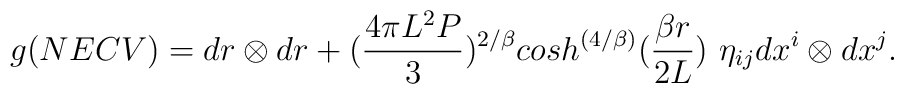
g(NECV) = dr \otimes dr + ({{4\pi L^2P} \over {3}})^{2/\beta}cosh^{\left({4/\beta}\right)}({{\beta r} \over {2L}})\,\,\eta_{ij}dx^i\otimes dx^j.